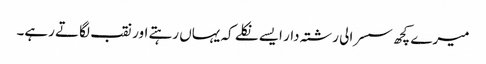
میرے کچھ سسرالی رشتہ دار ایسے نکلے کہ یہاں رہتے اور نقب لگاتے رہے۔